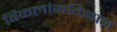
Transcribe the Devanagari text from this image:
विकलांगविज्ञान